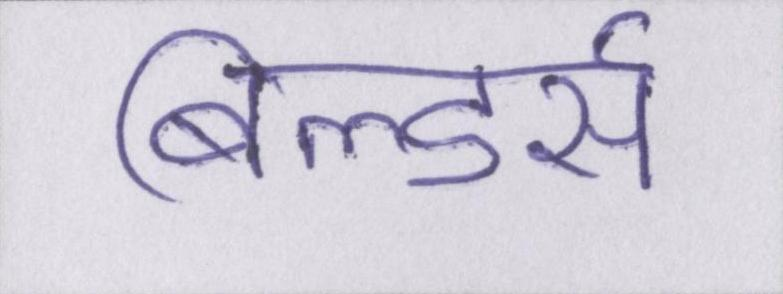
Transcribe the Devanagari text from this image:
बिल्डर्स